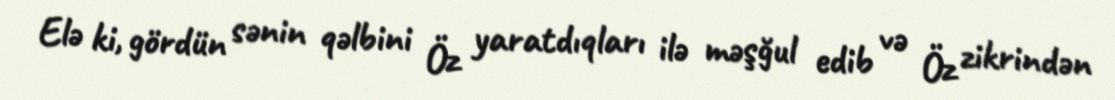
Elə ki, gördün sənin qəlbini Öz yaratdıqları ilə məşğul edib və Öz zikrindən